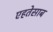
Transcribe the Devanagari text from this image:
एहतेसाब